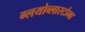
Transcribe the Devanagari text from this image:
ग्लयोब्लास्टोमा